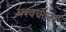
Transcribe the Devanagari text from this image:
अश्वचालन